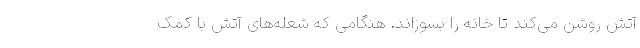
آتش روشن می‌کند تا خانه را بسوزاند. هنگامی که شعله‌های آتش با کمک